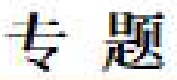
专题